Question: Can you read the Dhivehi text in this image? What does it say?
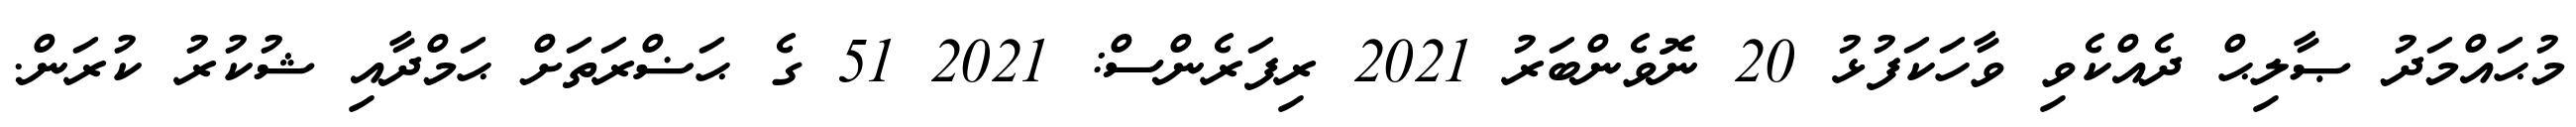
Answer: މުޙައްމަދު ޞާލިޙް ދެއްކެވި ވާހަކަފުޅު 20 ނޮވެންބަރު 2021 ރިފަރެންސް: 2021 51 ގެ ޙަޟްރަތަށް ޙަމްދާއި ޝުކުރު ކުރަން.